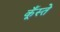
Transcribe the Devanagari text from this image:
कूँस्ते